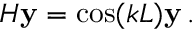
H \mathbf { y } = \cos ( k L ) \mathbf { y } \, .